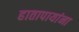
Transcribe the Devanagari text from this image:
हातापायांना